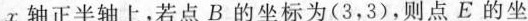
x轴正半轴上，若点B的坐标为（3，3），则点E的坐